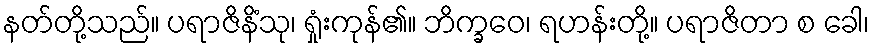
နတ်တို့သည်။ ပရာဇိနိံသု၊ ရှုံးကုန်၏။ ဘိက္ခဝေ၊ ရဟန်းတို့။ ပရာဇိတာ စ ခေါ၊